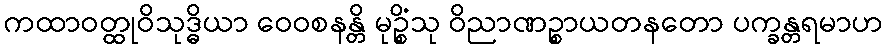
ကထာဝတ္ထုဝိသုဒ္ဓိယာ ဝေဝစနန္တိ မုဉ္စိံသု ဝိညာဏဉ္စာယတနတော ပက္ခန္တရမာဟ